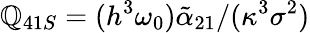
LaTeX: \mathbb{Q}_{41S}=(h^{3}\omega_{0})\tilde{{\alpha}}_{21}/(\kappa^{3}\sigma^{2})